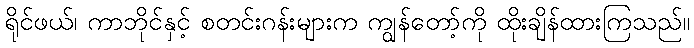
ရိုင်ဖယ်၊ ကာဘိုင်နှင့် စတင်းဂန်းများက ကျွန်တော့်ကို ထိုးချိန်ထားကြသည်။